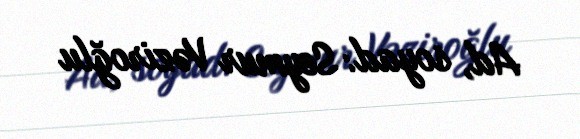
Ad, soyad: Seymur Vəziroğlu